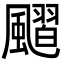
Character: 𩘴